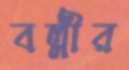
বল্লীর